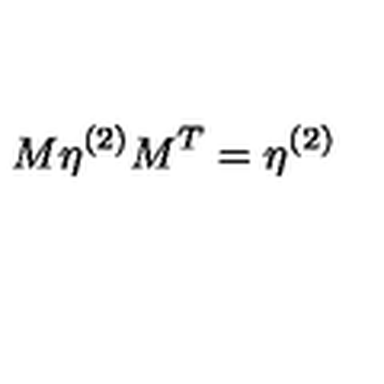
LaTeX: M \eta ^ { ( 2 ) } M ^ { T } = \eta ^ { ( 2 ) }